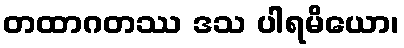
တထာဂတဿ ဒသ ပါရမိယော၊